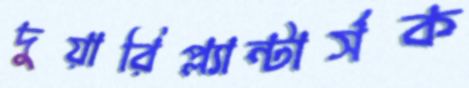
দুয়ারিপ্ল্যান্টার্সক